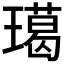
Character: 𤩲